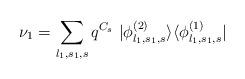
LaTeX: \begin{align*}\nu_1 = \sum_{l_1,s_1,s} q^{C_s}~|\phi_{l_1,s_1,s}^{(2)} \rangle\langle \phi_{l_1,s_1,s}^{(1)}|\end{align*}